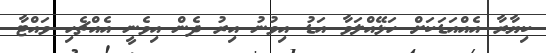
ކިޔާރާ އެއްއަޑަކަށް ހަޅޭއްލަވާ އަޑު އިވުނު އިރު ދެން އިވެނީ އެއްޗެހި ވައްޓާ